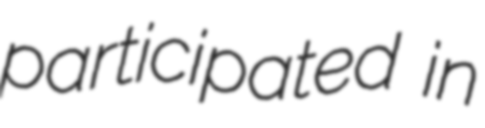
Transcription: participated in